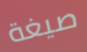
صيغة